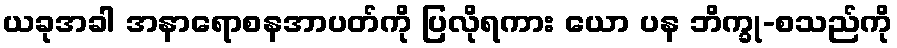
ယခုအခါ အနာရောစနအာပတ်ကို ပြလိုရကား ယော ပန ဘိက္ခု-စသည်ကို